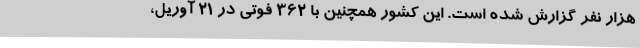
هزار نفر گزارش شده است. این کشور همچنین با ۳۶۲ فوتی در ۲۱ آوریل،